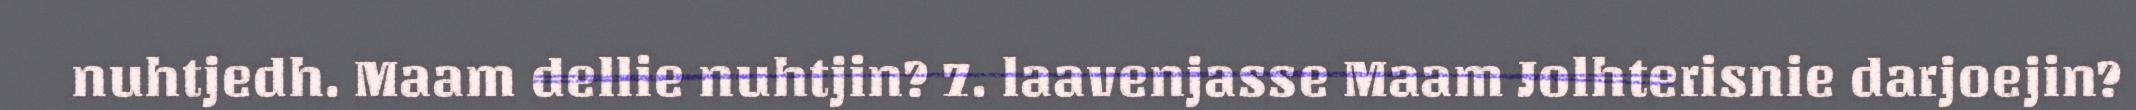
nuhtjedh. Maam dellie nuhtjin? 7. laavenjasse Maam Jolhterisnie darjoejin?